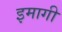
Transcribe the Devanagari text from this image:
इमागी